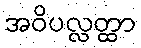
အဝိပလ္လတ္ထာ